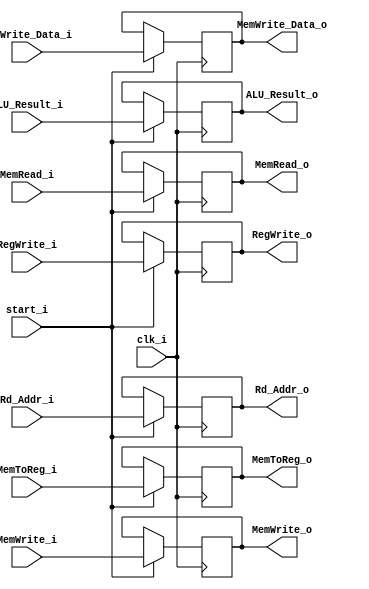
module Register_EXMEM (
    clk_i,
    start_i,

    // ALU Result & Data & Instruction Address
    ALU_Result_i,
    MemWrite_Data_i,
    Rd_Addr_i,

    ALU_Result_o,
    MemWrite_Data_o,
    Rd_Addr_o,

	// Control 
    RegWrite_i, 
    MemToReg_i, 
    MemRead_i,  
    MemWrite_i, 

    RegWrite_o, 
    MemToReg_o, 
    MemRead_o,  
    MemWrite_o
     
);
input               clk_i,start_i;
input   [31:0]      ALU_Result_i, MemWrite_Data_i;
input   [4:0]       Rd_Addr_i;
input RegWrite_i, MemToReg_i, MemRead_i, MemWrite_i;  

output   [31:0]      ALU_Result_o, MemWrite_Data_o;
output   [4:0]       Rd_Addr_o;
output RegWrite_o, MemToReg_o, MemRead_o, MemWrite_o;  

reg   [31:0]      ALU_Result_o, MemWrite_Data_o;
reg   [4:0]       Rd_Addr_o;
reg RegWrite_o, MemToReg_o, MemRead_o, MemWrite_o;  

always @(posedge clk_i) begin
    if(start_i) begin
        ALU_Result_o        <= ALU_Result_i; 
        MemWrite_Data_o     <= MemWrite_Data_i;  
        Rd_Addr_o           <= Rd_Addr_i;   

        RegWrite_o          <= RegWrite_i; 
        MemToReg_o          <= MemToReg_i;
        MemRead_o           <= MemRead_i; 
        MemWrite_o          <= MemWrite_i;

    end
    else begin
        ALU_Result_o        <= ALU_Result_o; 
        MemWrite_Data_o     <= MemWrite_Data_o;  
        Rd_Addr_o           <= Rd_Addr_o;   

        RegWrite_o          <= RegWrite_o; 
        MemToReg_o          <= MemToReg_o;
        MemRead_o           <= MemRead_o; 
        MemWrite_o          <= MemWrite_o;

    end 
end

endmodule